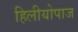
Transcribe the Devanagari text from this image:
हिलीयोपाज